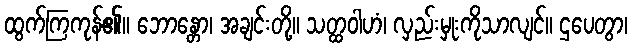
ထွက်ကြကုန်၏။ ဘောန္တော၊ အချင်းတို့။ သတ္ထဝါဟံ၊ လှည်းမှုးကိုသာလျင်။ ဌပေတွာ၊